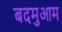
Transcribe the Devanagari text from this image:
बदमुआम